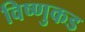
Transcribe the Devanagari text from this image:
विष्णुकड